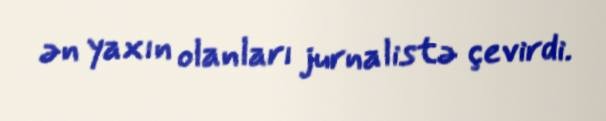
ən yaxın olanları jurnalistə çevirdi.